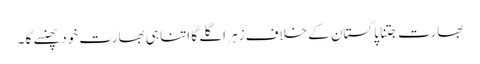
بھارت جتنا پاکستان کے خلاف زہر اگلے گا اتنا ہی بھارت خود پھنسے گا ۔